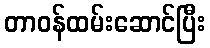
တာဝန်ထမ်းဆောင်ပြီး